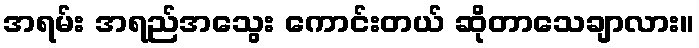
အရမ်း အရည်အသွေး ကောင်းတယ် ဆိုတာသေချာလား။